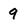
Character: 9